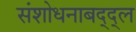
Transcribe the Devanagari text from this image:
संशोधनाबद्द्ल